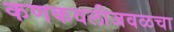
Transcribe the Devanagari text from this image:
कणकवलीजवळचा